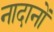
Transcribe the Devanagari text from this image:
नादानों